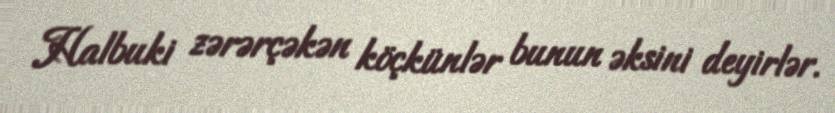
Halbuki zərərçəkən köçkünlər bunun əksini deyirlər.